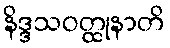
နိဒ္ဒသဝတ္ထုနာတိ